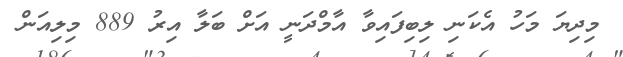
މިދިޔަ މަހު އެކަނި ލިބިފައިވާ އާމްދަނީ އަށް ބަލާ އިރު 889 މިލިއަން